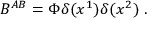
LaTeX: B ^ { A B } = \Phi \delta ( x ^ { 1 } ) \delta ( x ^ { 2 } ) \; .